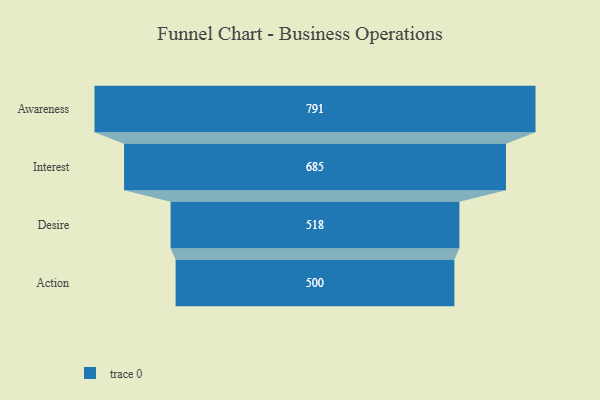
{"axis": {"x": "Stage", "y": "Value"}, "legend": [""], "data": [{"x": "Awareness", "y": 791.0, "type": ""}, {"x": "Interest", "y": 685.0, "type": ""}, {"x": "Desire", "y": 518.0, "type": ""}, {"x": "Action", "y": 500, "type": ""}]}